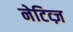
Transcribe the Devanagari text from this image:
नेटिव्ज़